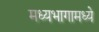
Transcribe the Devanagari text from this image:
मध्यभागामध्ये